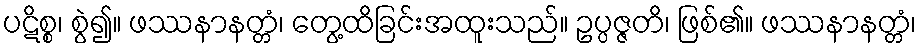
ပဋိစ္စ၊ စွဲ၍။ ဖဿနာနတ္တံ၊ တွေ့ထိခြင်းအထူးသည်။ ဥပ္ပဇ္ဇတိ၊ ဖြစ်၏။ ဖဿနာနတ္တံ၊